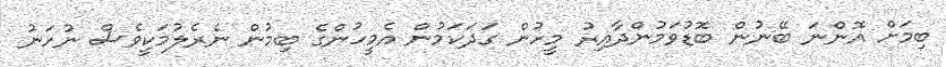
ބިމަށް އޮންނަ ބޭނުން ބޮޑުވަމުންދާއިރު މީހުން ގަދަކަމުން އެމީހުންގެ ބިމުން ނެރެލުމަކީވެސް ނުހަނު